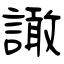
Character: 譀